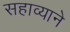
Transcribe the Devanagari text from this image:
सहाव्याने